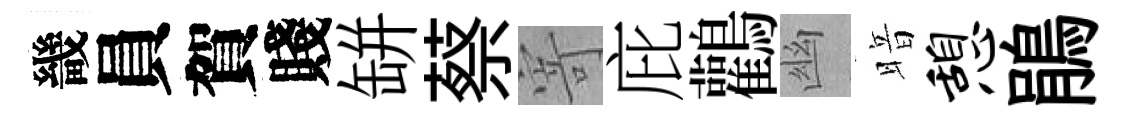
畿員賀賤缾蔡寄庇鸛幽暗憩鵑